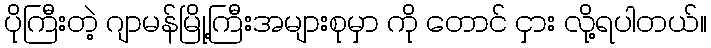
ပိုကြီးတဲ့ ဂျာမန်မြို့ကြီးအများစုမှာ ကို တောင် ငှား လို့ရပါတယ်။